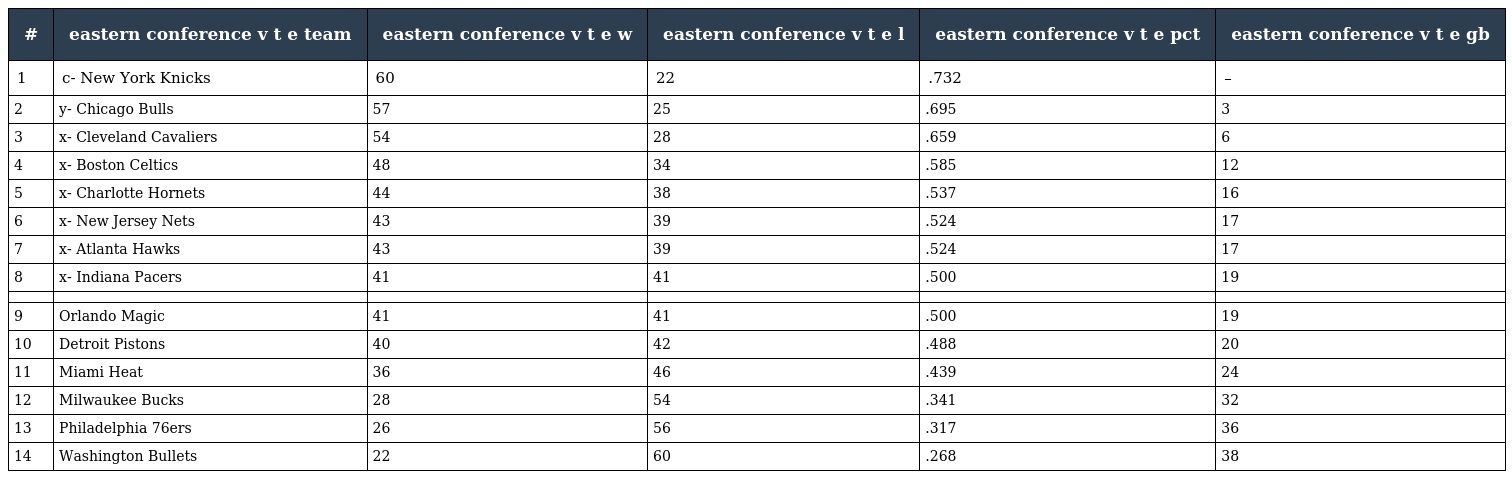
| # | eastern conference v t e team | eastern conference v t e w | eastern conference v t e l | eastern conference v t e pct | eastern conference v t e gb |
 | --- | --- | --- | --- | --- | --- |
 | 1 | c- New York Knicks | 60 | 22 | .732 | – |
 | 2 | y- Chicago Bulls | 57 | 25 | .695 | 3 |
 | 3 | x- Cleveland Cavaliers | 54 | 28 | .659 | 6 |
 | 4 | x- Boston Celtics | 48 | 34 | .585 | 12 |
 | 5 | x- Charlotte Hornets | 44 | 38 | .537 | 16 |
 | 6 | x- New Jersey Nets | 43 | 39 | .524 | 17 |
 | 7 | x- Atlanta Hawks | 43 | 39 | .524 | 17 |
 | 8 | x- Indiana Pacers | 41 | 41 | .500 | 19 |
 |  |  |  |  |  |  |
 | 9 | Orlando Magic | 41 | 41 | .500 | 19 |
 | 10 | Detroit Pistons | 40 | 42 | .488 | 20 |
 | 11 | Miami Heat | 36 | 46 | .439 | 24 |
 | 12 | Milwaukee Bucks | 28 | 54 | .341 | 32 |
 | 13 | Philadelphia 76ers | 26 | 56 | .317 | 36 |
 | 14 | Washington Bullets | 22 | 60 | .268 | 38 |